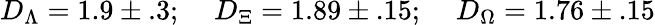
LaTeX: D_{\Lambda}=1.9\pm.3;\; \; \; \; D_{\Xi}=1.89\pm.15;\; \; \; \; D_{\Omega}=1.76\pm.15